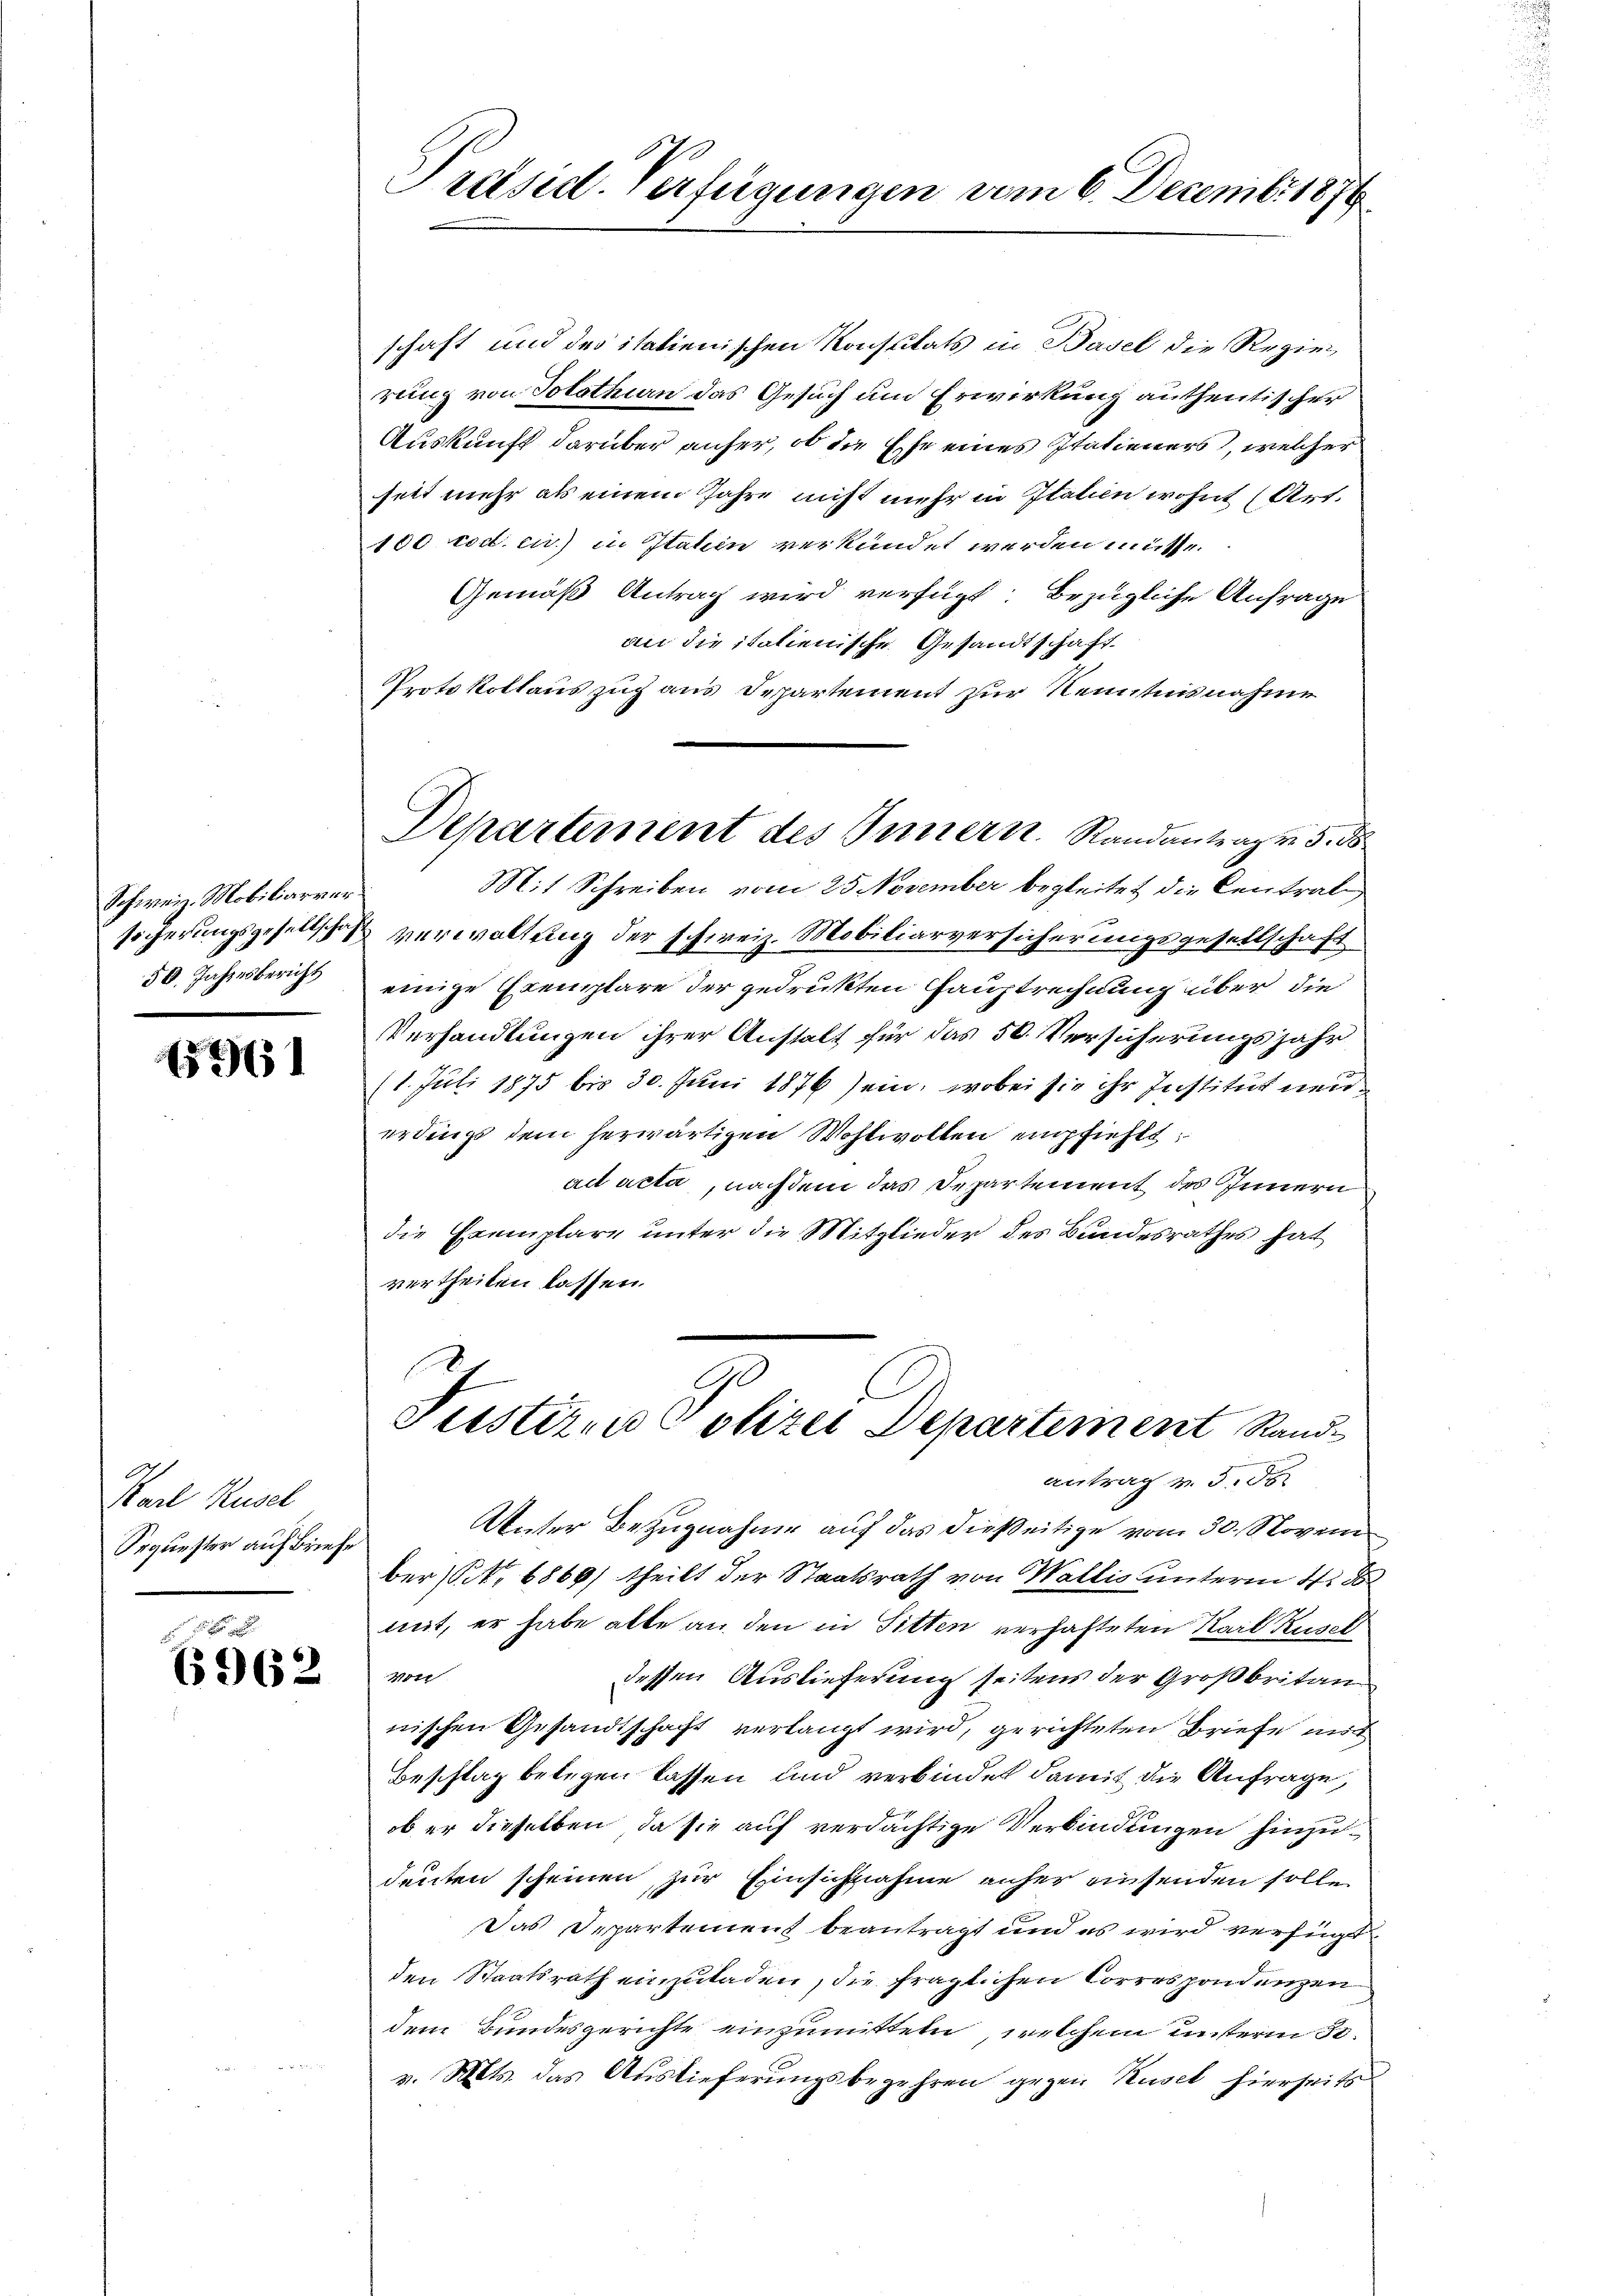
Schweiz. Mobiliarver
50. Jahresbericht

15961

Karl Ruscl
Sequester auf Briefe

6962

Präsid. Verfügungen vom 6. Decembr 1876

schaft und des italienischen Konstitats in Basel die Regie
rung von Solothurn das Gesuch um Erwirkung authentischer
Auskunft darüber anfer, ob die Ehe eines Italieners, welcher
seit mehr als einem Jahre nicht mehr in Italien wohnt (Art.
100 cod. cir.) in Italin verkündet werden müsse.
Gemäß Antrag wird verfügt bezügliche Anfrage
an die italienische Gesandtschaft
Protokollauszug aus Departement zur Kenntnisnahme
Mit Schreiben vom 25. November begleitet die Centrat
sicherungsgesellschaft verwaltung der schweiz. Mobiliarversicherungsgesellschaft
einige Exemplare der gedrukten Hauptrechnung über die
Verhandlungen ihrer Anstalt für das 50. Versicherungsjahr
11. Juli 1875 bis 30. Juni 1876 sein, wobei sie ihr Institut neu
erdings dem herwärtigen Wohlwollen empfiehlt
ad acta, nachdem das Departement des Innern
die Exemplare unter die Mitglieder des Bundesrathes hat
vertheilen lassen.
Justiren Polizei Departement Sandantrag v. 3. 58
Unter Bezugnahme auf das dießeitige vom 30. Novem
ber (S. 6869/ theilt der Staatsrath von Wallis unterm 4. d
mit, er habe alte an den in Sitten verhafteten Karl Kusch
Von
dessen Auslieferung seitens der Großbritan
nischen Gesandtschaft verlangt wird, gerichteten Briefe mich
Beschlag belegen lassen und verbindet damit die Anfrage,
ob er dieselben, da sie auf verdächtige Verbindungen hinzudeuten scheinen zur Einsichnahme anher einsenden solle
Das Departement beantragt und es wird verfügt
den Staatsrath einzuladen, die fraglichen Korrespondenzen
dem Bundesgerichte einzumitteln, welchem unserm 30.
v. Mts. das Auslieferungsbegehren gegen Rusel hierseits

Departement des Innern. Randantrag v. 5. ds